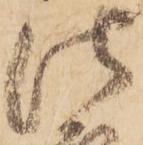
法